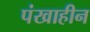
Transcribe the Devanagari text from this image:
पंखाहीन